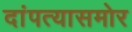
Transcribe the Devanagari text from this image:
दांपत्यासमोर